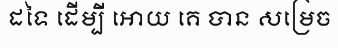
ដទៃ ដើម្បី អោយ គេ បាន សម្រេច